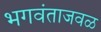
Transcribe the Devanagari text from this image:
भगवंताजवळ